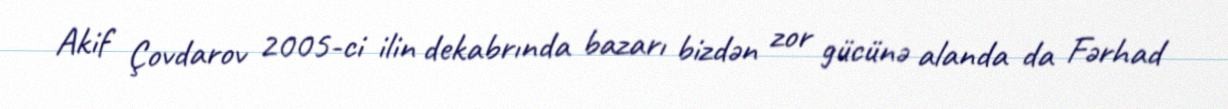
Akif Çovdarov 2005-ci ilin dekabrında bazarı bizdən zor gücünə alanda da Fərhad